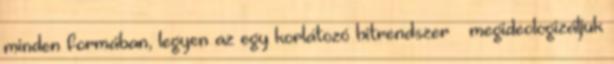
minden formában, legyen az egy korlátozó hitrendszer – megideologizáljuk